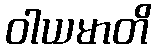
ဝါယမာတိ